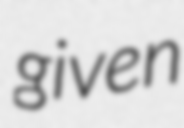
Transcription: given